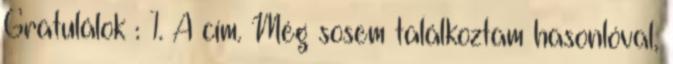
Gratulálok : 1. A cím. Még sosem találkoztam hasonlóval,